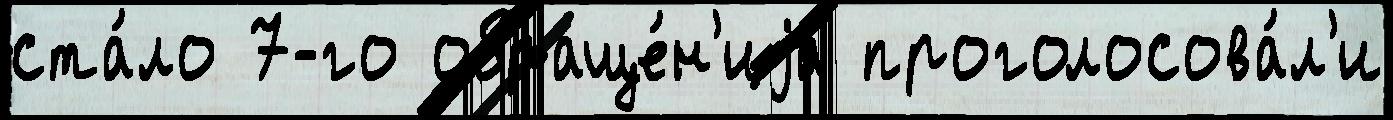
ста́ло 7-го обраще́н'иjа проголосова́л'и